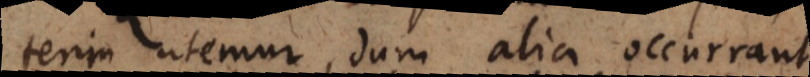
terim utemur, dum alia occurant.